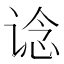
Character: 谂